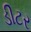
ડીટર